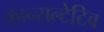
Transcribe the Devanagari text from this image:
कान्सल्टेटिव